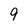
Character: 9